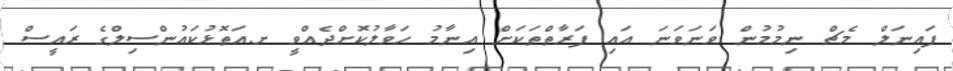
ފައިނަލް މެޗް ނިމުމުން ވަނަވަނަ އައި ފަރާތްތަކަށް އިނާމު ހަވާލުކޮށްދެއްވީ ށ.އަތޮޅުކައުންސިލްގެ ރައީސް